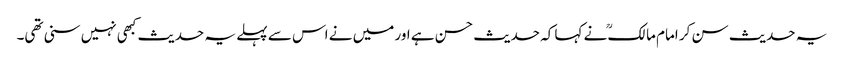
یہ حدیث سن کر امام مالکؒ نے کہا کہ حدیث حسن ہے اور میں نے اس سے پہلے یہ حدیث کبھی نہیں سنی تھی۔